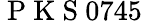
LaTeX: \mathrm{~P~K~S~}0745